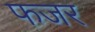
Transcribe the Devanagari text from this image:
फजर